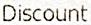
DISCOUNT